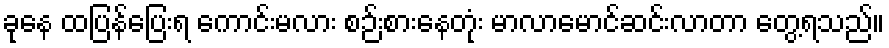
ခုနေ ထပြန်ပြေးရ ကောင်းမလား စဉ်းစားနေတုံး မာလာမောင်ဆင်းလာတာ တွေ့ရသည်။